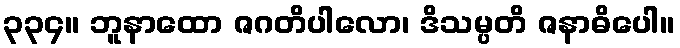
၃၃၄။ ဘူနာထော ဇဂတိပါလော၊ ဒိသမ္ပတိ ဇနာဓိပေါ။